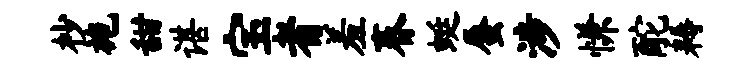
杪施甜谌宝者羞春蜓蜃涉慊酡耨